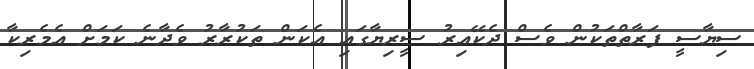
ސިޔާސީ ފަރާތްތަކުން ވެސް ދެކޭއިރު ސީރިޔާގައި އެކަން ތަކުރާރު ވެދާނެ ކަމަށް އެމެރިކާ